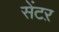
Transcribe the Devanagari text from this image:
सेंटऱ